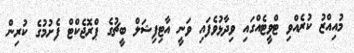
މުއިއްޒު ކުރެއްވި ޓްވީޓެއްގައި ވިދާޅުވެފައި ވަނީ އާޓިފިޝަލް ބީޗުގެ ޕްރޮޖެކްޓް ފެށުމުގެ ކުރިން